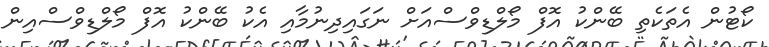
ކޯޓުން އެތަކެތި ބޭންކު އޮފް މޯލްޑިވްސްއަށް ނަގައިދިނުމާއި އެކު ބޭންކު އޮފް މޯލްޑިވްސްއިން